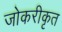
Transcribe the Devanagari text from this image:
जोकरीकृत